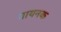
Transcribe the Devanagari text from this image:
गायनक